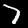
Digit: 7